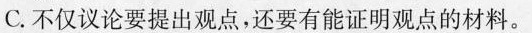
C.不仅议论要提出观点，还要有能证明观点的材料。